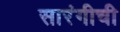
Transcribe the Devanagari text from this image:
सारंगीची